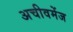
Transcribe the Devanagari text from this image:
अचीवमेंज